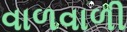
વાળવાળી